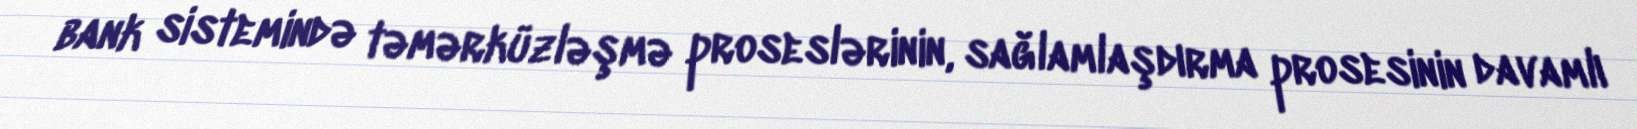
bank sistemində təmərküzləşmə proseslərinin, sağlamlaşdırma prosesinin davamlı